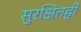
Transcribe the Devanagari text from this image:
सुरक्षितही